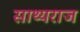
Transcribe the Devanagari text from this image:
साथ्यराज